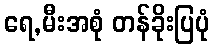
ရေ,မီးအစုံ တန်ခိုးပြပုံ